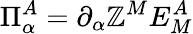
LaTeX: \Pi_{\alpha}^{A}=\partial_{\alpha}\mathbb{Z}^{M}E_{M}^{A}